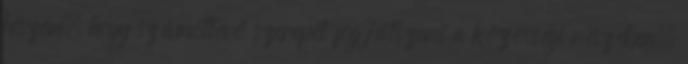
hiszem, hogy számottevő szerepet fog játszani a közösségi részében.